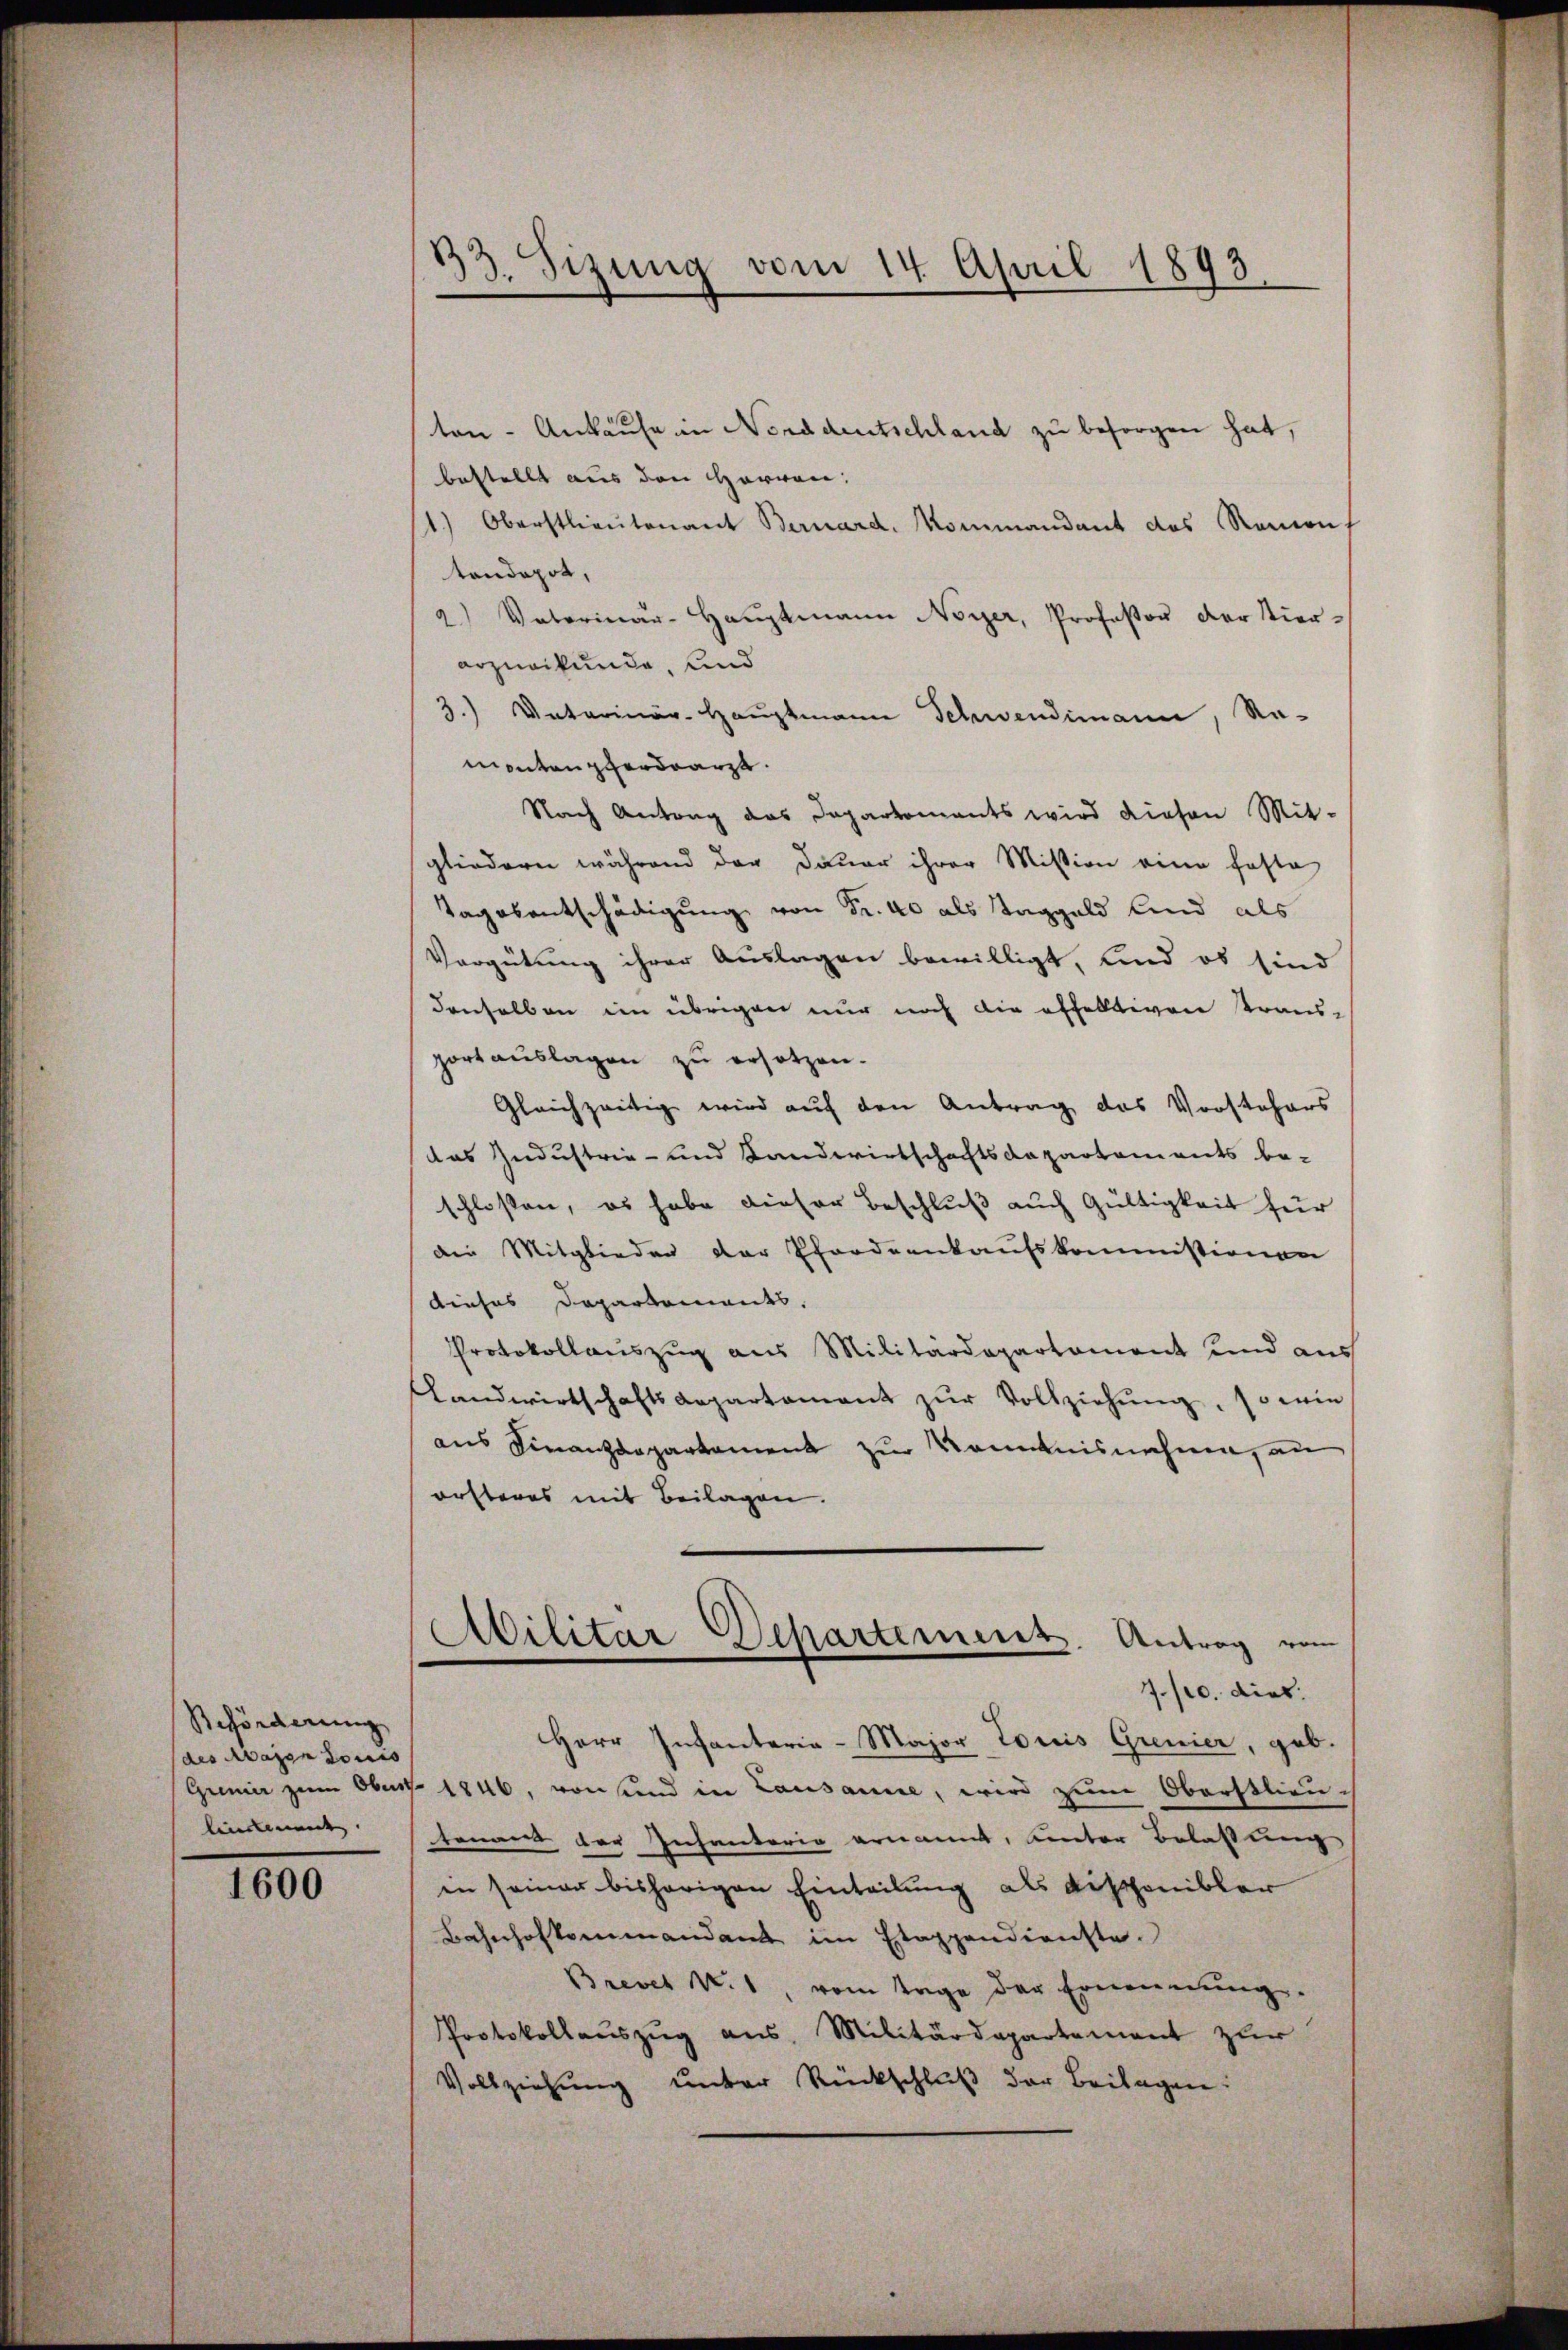
Beförderung
des Major Louis
lindement

1600

33. Sizung vom 14. April 1893.

ton - Ankaufe in Norddeutschland zu besorgen hat,
bestellt aus den Herren:
1.) Oberstlieutenant Bernard. Kommandant des Remons
tendepot,
2) Vaterinar-Hauptmann Noyer, Professor der Vierarzneikunde, und
3.) Untarinär-Hauptmann Schwendimann, Namonten perdrarzt.
Nach Antrag das Departements wird diesen Mit-
gliedern während der Dauer ihrer Mission eine faste
Tagosentschädigung von Fr. 40 als Taggeld und als
Vergütung ihrer Auslagen bewilligt, und es sind
denselben im übrigen nur noch die offelligen Kraus-
portauslagen zu ersetzen.
Gleichzeitig wird auf den Antrag das Vorstehers
das Industrie- und Landwirtschaftsdepartements be-
schlossen, es habe dieser Beschluß auch Gültigkeit für
die Mitglieden der Pfordeenkaufskommissionen
Dieses Departements.
Protokollauszug aus Militärdepartament und aus
slandwirtschaftsaepartamant zŭr Vollziehung, so wie
aus Finanzdepartament zur Nominisnehme, an
orsteres mit Beilagen.
Militar Departement. Antrag vom
7. s. dies
Herr Infanterie-Major Loris Grenier, geb.
Gremier zum Obert. 1846, von sind in Lausanne, wird zum Oberstlieu-
tenant der Infanterio ernannt, unter Belastung
in seiner bisherigen Einteilung als Fischenibler
Bahnhofkommandant im Etappendienste.
Brevet N. 1, vom Tage der Ernennung.
Protokollaŭszŭg aŭs, Militärdepartement zur
Vollziehung unter Rückschluß der Beilagen